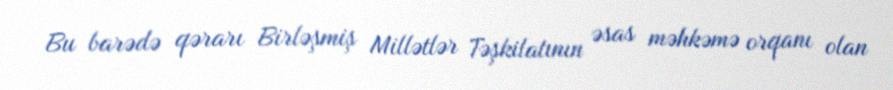
Bu barədə qərarı Birləşmiş Millətlər Təşkilatının əsas məhkəmə orqanı olan